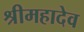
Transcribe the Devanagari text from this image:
श्रीमहादेव